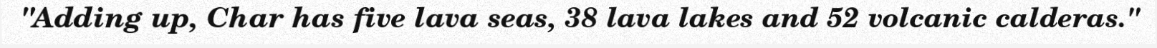
"Adding up, Char has five lava seas, 38 lava lakes and 52 volcanic calderas."